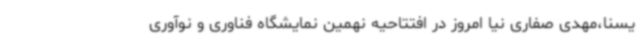
یسنا،مهدی صفاری نیا امروز در افتتاحیه نهمین نمایشگاه فناوری و نوآوری